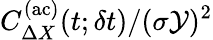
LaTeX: C_{\Delta X}^{\mathrm{(ac)}}(t;\delta t)/(\sigma\mathcal{Y})^{2}